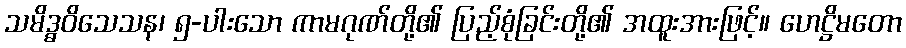
သမိဒ္ဓဝိသေသန၊ ၅-ပါးသော ကာမဂုဏ်တို့၏ ပြည့်စုံခြင်းတို့၏ အထူးအားဖြင့်။ ဟေဋ္ဌိမတော